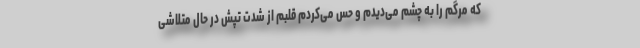
که مرگم را به چشم می‌دیدم و حس می‌کردم قلبم از شدت تپش در حال متلاشی